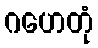
ဂဟေတုံ